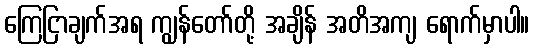
ကြေငြာချက်အရ ကျွန်တော်တို့ အချိန် အတိအကျ ရောက်မှာပါ။